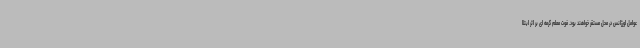
عوامل اورژانس در محل مستقر خواهند بود. فوت معلم گرمه ای بر اثر ابتلا